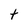
Character: t